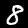
Label: 8